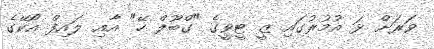
ވަރަށް ޅަ އުމުރުގައި ޒީ ޓީވީގެ "ގްބޫލް ހޭ" އާއި ލައިފް އޯކޭގެ